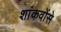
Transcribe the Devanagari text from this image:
शांकवोंसे